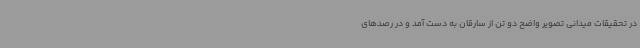
در تحقیقات میدانی تصویر واضح دو تن از سارقان به دست آمد و در رصدهای